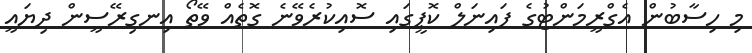
މި ހިސާބުން އެގްރީމަންޓުގެ ފައިނަލް ކޮޕީގައި ސޮއިކުރެވޭނެ ގޮތެއް ވޭތޯ އިނގިރޭސީން ދިޔައީ